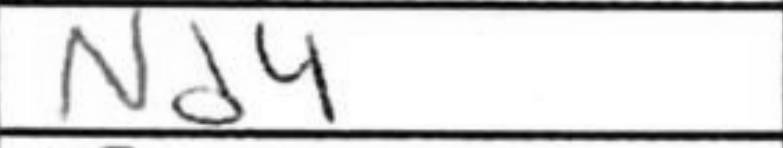
Transcription: Nd4